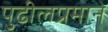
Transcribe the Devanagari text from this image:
पुढीलप्रमाने